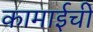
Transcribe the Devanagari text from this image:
कामाईची